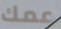
عمك